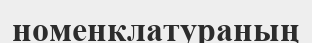
номенклатураның